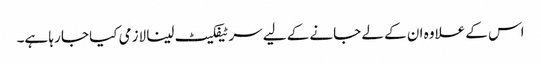
اس کے علاوہ ان کے لے جانے کے لیے سرٹیفکیٹ لینا لازمی کیا جا رہا ہے۔